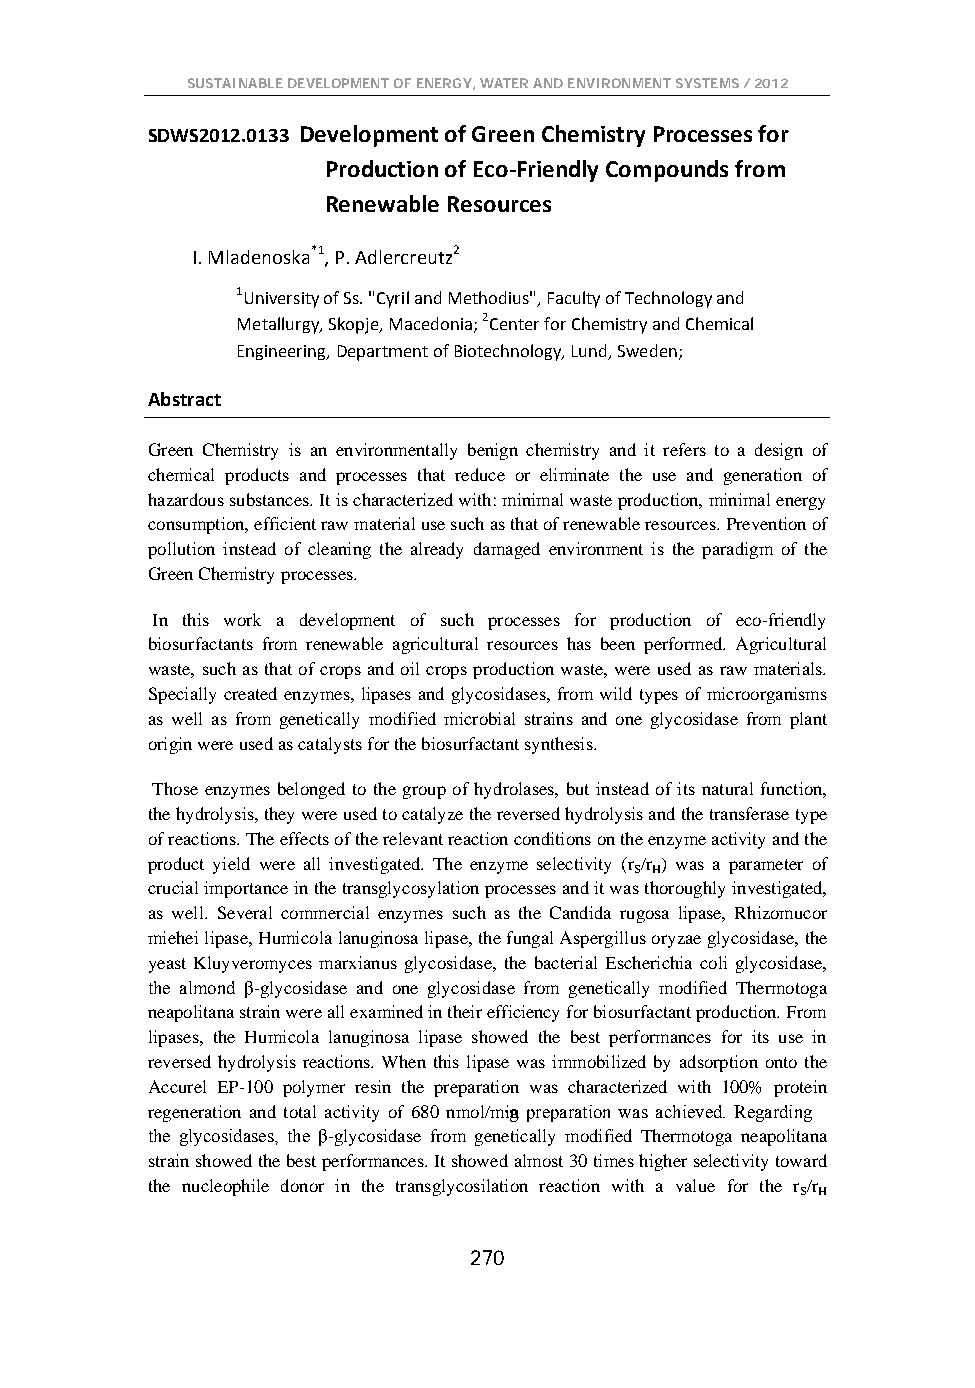
SUSTAINABLE DEVELOPMENT OF ENERGY, WATER AND ENVIRONMENT SYSTEMS / 2012
 SDWS2012.0133 Development of Green Chemistry Processes for
 Production of Eco-Friendly Compounds from
 Renewable Resources
 I. Mladenoska*1, P. Adlercreutz2
 1University of Ss. "Cyril and Methodius", Faculty of Technology and
 Metallurgy, Skopje, Macedonia; 2Center for Chemistry and Chemical
 Engineering, Department of Biotechnology, Lund, Sweden;
 Abstract
 Green Chemistry is an environmentally benign chemistry and it refers to a design of
 chemical products and processes that reduce or eliminate the use and generation of
 hazardous substances. It is characterized with: minimal waste production, minimal energy
 consumption, efficient raw material use such as that of renewable resources. Prevention of
 pollution instead of cleaning the already damaged environment is the paradigm of the
 Green Chemistry processes.
 In this work a development of such processes for production of eco-friendly
 biosurfactants from renewable agricultural resources has been performed. Agricultural
 waste, such as that of crops and oil crops production waste, were used as raw materials.
 Specially created enzymes, lipases and glycosidases, from wild types of microorganisms
 as well as from genetically modified microbial strains and one glycosidase from plant
 origin were used as catalysts for the biosurfactant synthesis.
 Those enzymes belonged to the group of hydrolases, but instead of its natural function,
 the hydrolysis, they were used to catalyze the reversed hydrolysis and the transferase type
 of reactions. The effects of the relevant reaction conditions on the enzyme activity and the
 product yield were all investigated. The enzyme selectivity (r /r ) was a parameter of
 S H
 crucial importance in the transglycosylation processes and it was thoroughly investigated,
 as well. Several commercial enzymes such as the Candida rugosa lipase, Rhizomucor
 miehei lipase, Humicola lanuginosa lipase, the fungal Aspergillus oryzae glycosidase, the
 yeast Kluyveromyces marxianus glycosidase, the bacterial Escherichia coli glycosidase,
 the almond β-glycosidase and one glycosidase from genetically modified Thermotoga
 neapolitana strain were all examined in their efficiency for biosurfactant production. From
 lipases, the Humicola lanuginosa lipase showed the best performances for its use in
 reversed hydrolysis reactions. When this lipase was immobilized by adsorption onto the
 Accurel EP-100 polymer resin the preparation was characterized with 100% protein
 regeneration and total activity of 680 nmol/m∙ign preparation was achieved. Regarding
 the glycosidases, the β-glycosidase from genetically modified Thermotoga neapolitana
 strain showed the best performances. It showed almost 30 times higher selectivity toward
 the nucleophile donor in the transglycosilation reaction with a value for the r /r
 S H
 270